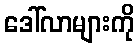
ဒေါ်လာများကို